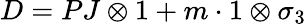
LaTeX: D=PJ\otimes 1+m\cdot 1\otimes\sigma_{3}